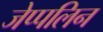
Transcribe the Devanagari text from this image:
जेप्पलिन